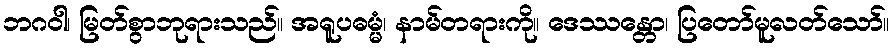
ဘဂဝါ၊ မြတ်စွာဘုရားသည်။ အရူပဓမ္မံ၊ နာမ်တရားကို။ ဒေဿန္တော၊ ပြတော်မူလတ်သော်။